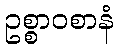
ဥစ္စာဝစာနံ